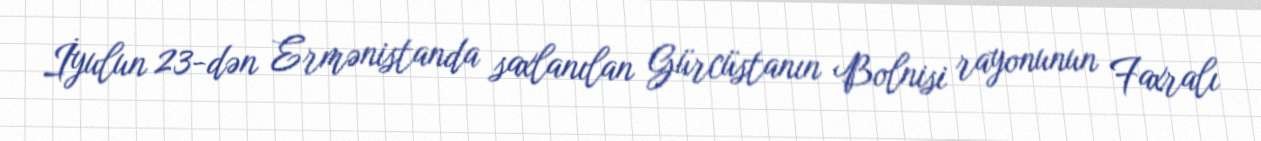
İyulun 23-dən Ermənistanda saxlanılan Gürcüstanın Bolnisi rayonunun Faxralı